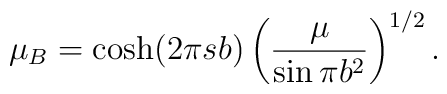
\mu_B = \cosh(2\pi sb)\left(\frac{\mu}{\sin\pi b^2}\right)^{1/2}.